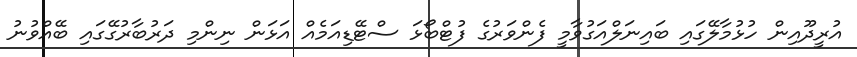
އުރީދޫއިން ހުޅުމާލޭގައި ބައިނަލްއަގުވާމީ ފެންވަރުގެ ފުޓްބޯޅަ ސްޓޭޑިއަމެއް އަޅަން ނިންމި ދަރުބާރުގޭގައި ބޭއްވުނު